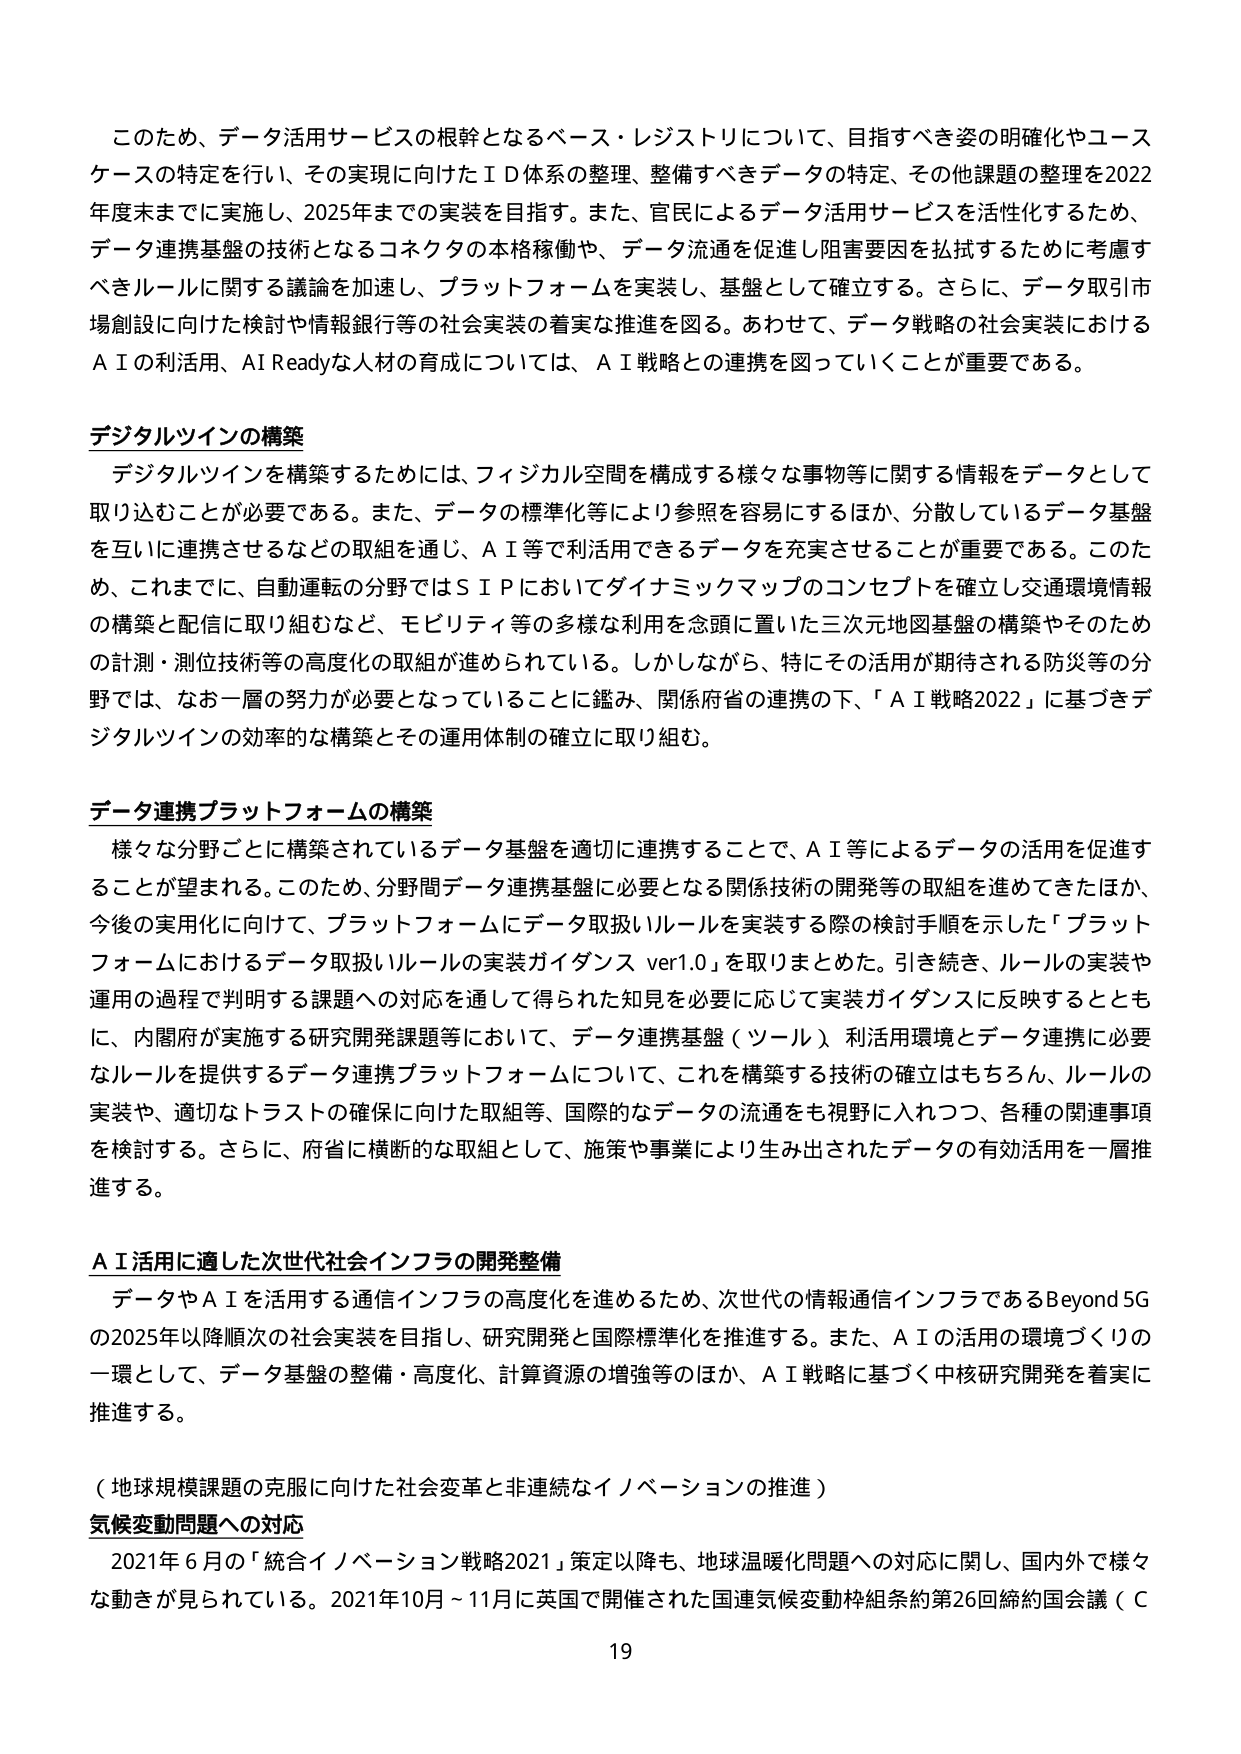
このため、データ活用サービスの根幹となるベース・レジストリについて、目指すべき姿の明確化やユースケースの特定を行い、その実現に向けたＩＤ体系の整理、整備すべきデータの特定、その他課題の整理を2022年度末までに実施し、2025年までの実装を目指す。また、官民によるデータ活用サービスを活性化するため、データ連携基盤の技術となるコネクタの本格稼働や、データ流通を促進し阻害要因を払拭するために考慮すべきルールに関する議論を加速し、プラットフォームを実装し、基盤として確立する。さらに、データ取引市場創設に向けた検討や情報銀行等の社会実装の着実な推進を図る。あわせて、データ戦略の社会実装におけるＡＩの利活用、AI Readyな人材の育成については、ＡＩ戦略との連携を図っていくことが重要である。

デジタルツインの構築
デジタルツインを構築するためには、フィジカル空間を構成する様々な事物等に関する情報をデータとして取り込むことが必要である。また、データの標準化等により参照を容易にするほか、分散しているデータ基盤を互いに連携させるなどの取組を通じ、ＡＩ等で利活用できるデータを充実させることが重要である。このため、これまでに、自動運転の分野ではＳＩＰにおいてダイナミックマップのコンセプトを確立し交通環境情報の構築と配信に取り組むなど、モビリティ等の多様な利用を念頭に置いた三次元地図基盤の構築やそのための計測・測位技術等の高度化の取組が進められている。しかしながら、特にその活用が期待される防災等の分野では、なお一層の努力が必要となっていることに鑑み、関係府省の連携の下、「ＡＩ戦略2022」に基づきデジタルツインの効率的な構築とその運用体制の確立に取り組む。

データ連携プラットフォームの構築
様々な分野ごとに構築されているデータ基盤を適切に連携することで、ＡＩ等によるデータの活用を促進することが望まれる。このため、分野間データ連携基盤に必要となる関係技術の開発等の取組を進めてきたほか、今後の実用化に向けて、プラットフォームにデータ取扱いルールを実装する際の検討手順を示した「プラットフォームにおけるデータ取扱いルールの実装ガイダンス ver1.0」を取りまとめた。引き続き、ルールの実装や運用の過程で判明する課題への対応を通して得られた知見を必要に応じて実装ガイダンスに反映するとともに、内閣府が実施する研究開発課題等において、データ連携基盤（ツール）利活用環境とデータ連携に必要なルールを提供するデータ連携プラットフォームについて、これを構築する技術の確立はもちろん、ルールの実装や、適切なトラストの確保に向けた取組等、国際的なデータの流通をも視野に入れつつ、各種の関連事項を検討する。さらに、府省に横断的な取組として、施策や事業により生み出されたデータの有効活用を一層推進する。

ＡＩ活用に適した次世代社会インフラの開発整備
データやＡＩを活用する通信インフラの高度化を進めるため、次世代の情報通信インフラであるBeyond 5Gの2025年以降順次の社会実装を目指し、研究開発と国際標準化を推進する。また、ＡＩの活用の環境づくりの一環として、データ基盤の整備・高度化、計算資源の増強等のほか、ＡＩ戦略に基づく中核研究開発を着実に推進する。

（地球規模課題の克服に向けた社会変革と非連続なイノベーションの推進）
気候変動問題への対応
2021年６月の「統合イノベーション戦略2021」策定以降も、地球温暖化問題への対応に関し、国内外で様々な動きが見られている。2021年10月～11月に英国で開催された国連気候変動枠組条約第26回締約国会議（Ｃ
19